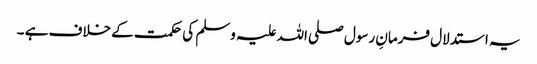
یہ استدلال فرمانِ رسول صلی اللہ علیہ وسلم کی حکمت کے خلاف ہے ۔